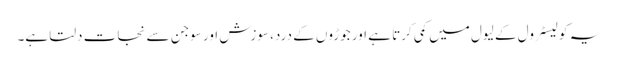
یہ کولیسٹرول کے لیول میں کمی کرتا ہے اور جوڑوں کے درد، سوزش اور سوجن سے نجات دلتا ہے۔